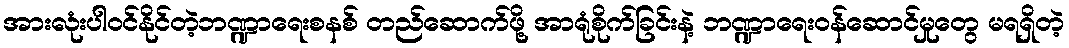
အားလုံးပါဝင်နိုင်တဲ့ဘဏ္ဍာရေးစနစ် တည်ဆောက်ဖို့ အာရုံစိုက်ခြင်းနဲ့ ဘဏ္ဍာရေးဝန်ဆောင်မှုတွေ မရရှိတဲ့